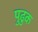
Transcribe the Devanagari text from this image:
पुढुक